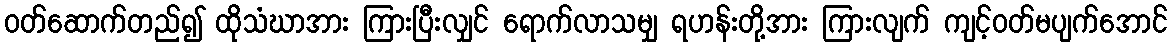
ဝတ်ဆောက်တည်၍ ထိုသံဃာအား ကြားပြီးလျှင် ရောက်လာသမျှ ရဟန်းတို့အား ကြားလျက် ကျင့်ဝတ်မပျက်အောင်